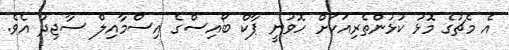
އެ މެޗުގެ މޮޅު ކުޅުންތެރިއަކަށް ހޮވުނީ ޕާކް ބޯއިސްގެ އިސްމާއިލް ސާޖިދު އެވެ.